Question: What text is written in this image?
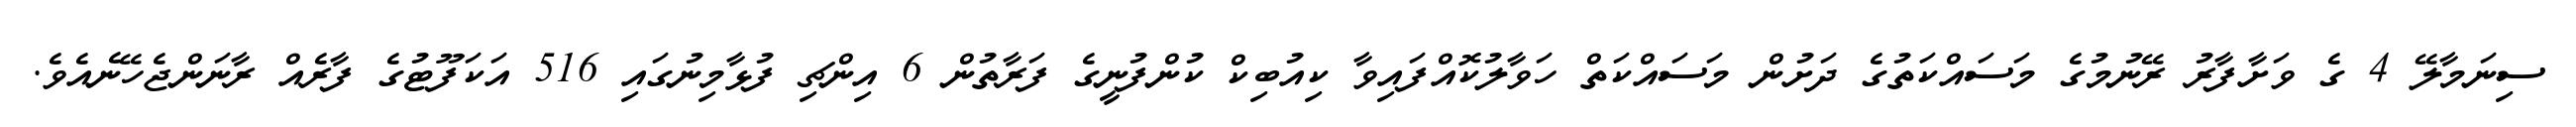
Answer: ސިނަމާލޭ 4 ގެ ވަށާފާރު ރޭނުމުގެ މަސައްކަތުގެ ދަށުން މަސައްކަތް ހަވާލުކޮއްފައިވާ ކިއުބިކް ކުންފުނީގެ ފަރާތުން 6 އިންޗި ފުޅާމިނުގައި 516 އަކަފޫޓުގެ ފާރެއް ރާނަންޖެހޭނެއެވެ.